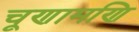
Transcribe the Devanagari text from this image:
चूणामणि